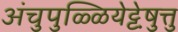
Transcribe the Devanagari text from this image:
अंचुपुळ्ळियेट्टेषु़त्तु